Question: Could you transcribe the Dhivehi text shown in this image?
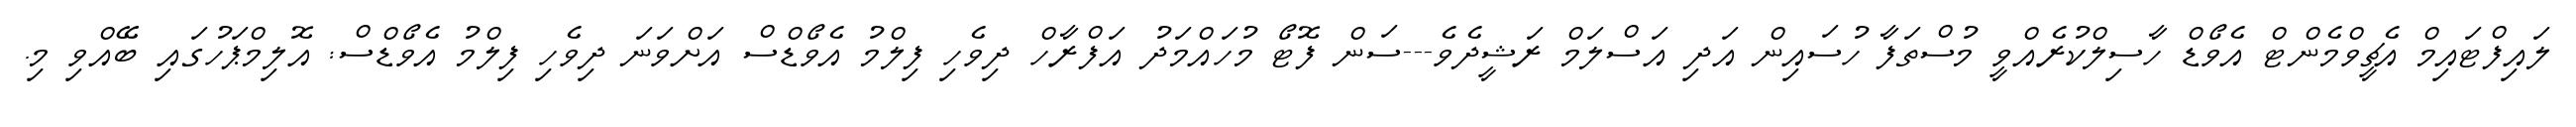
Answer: ލައިފްޓައިމް އެޗީވްމެންޓް އެވޯޑް ހާސިލްކުރެއްވީ މުސްތަފާ ހުސައިން އަދި އަސްލަމް ރަޝީދެވެ---ސަން ފޮޓޯ މުހައްމަދު އަފްރާހް ދިވެހި ފިލްމު އެވޯޑްސް އަށްވަނަ ދިވެހި ފިލްމު އެވޯޑްސް: އޮލިމްޕަހުގައި ބޭއްވި މި.